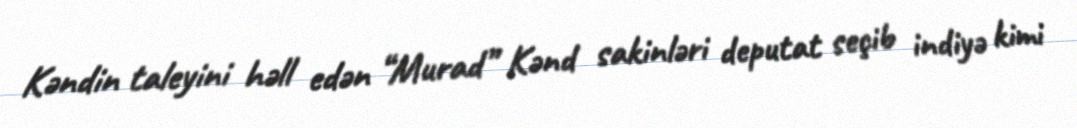
Kəndin taleyini həll edən “Murad” Kənd sakinləri deputat seçib indiyə kimi